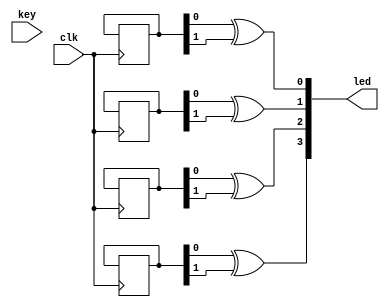
module KLED(
  input clk,
  input [3:0] key,
  output [3:0] led
);

  parameter MAX_COUNT = 26'd5000_0000; // 

  reg [4:0] count_0, count_1, count_2, count_3; // 
  reg [1:0] state_0, state_1, state_2, state_3; // 
  reg db_0, db_1, db_2, db_3; // 

  always @(posedge clk) begin
    if (key[0] != db_0) begin
      count_0 <= 0;
      db_0 <= key[0];
    end else if (count_0 == MAX_COUNT) begin
      db_0 <= key[0];
      if (db_0 == 1'b0) begin
        case (state_0)
          2'b00: state_0 <= 2'b01;
          2'b01: state_0 <= 2'b10;
          2'b10: state_0 <= 2'b11;
          2'b11: state_0 <= 2'b00;
        endcase
      end
    end else begin
      count_0 <= count_0 + 1;
    end

    if (key[1] != db_1) begin
      count_1 <= 0;
      db_1 <= key[1];
    end else if (count_1 == MAX_COUNT) begin
      db_1 <= key[1];
      if (db_1 == 1'b0) begin
        case (state_1)
          2'b00: state_1 <= 2'b01;
          2'b01: state_1 <= 2'b10;
          2'b10: state_1 <= 2'b11;
          2'b11: state_1 <= 2'b00;
        endcase
      end
    end else begin
      count_1 <= count_1 + 1;
    end

    if (key[2] != db_2) begin
      count_2 <= 0;
      db_2 <= key[2];
    end else if (count_2 == MAX_COUNT) begin
      db_2 <= key[2];
      if (db_2 == 1'b0) begin
        case (state_2)
          2'b00: state_2 <= 2'b01;
          2'b01: state_2 <= 2'b10;
          2'b10: state_2 <= 2'b11;
          2'b11: state_2 <= 2'b00;
        endcase
      end
    end else begin
      count_2 <= count_2 + 1;
    end

    if (key[3] != db_3) begin
      count_3 <= 0;
      db_3 <= key[3];
    end else if (count_3 == MAX_COUNT) begin
      db_3 <= key[3];
      if (db_3 == 1'b0) begin
        case (state_3)
          2'b00: state_3 <= 2'b01;
          2'b01: state_3 <= 2'b10;
          2'b10: state_3 <= 2'b11;
          2'b11: state_3 <= 2'b00;
        endcase
      end
    end else begin
      count_3 <= count_3 + 1;
    end
  end

  assign led[0] = (state_0[0] ^ state_0[1]);
  assign led[1] = (state_1[0] ^ state_1[1]);
  assign led[2] = (state_2[0] ^ state_2[1]);
  assign led[3] = (state_3[0] ^ state_3[1]);

endmodule